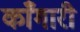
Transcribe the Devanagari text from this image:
काँगारी